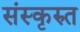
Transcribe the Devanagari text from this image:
संस्कृरुत